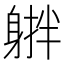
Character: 𨉠